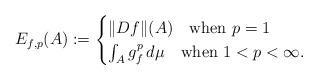
LaTeX: \begin{align*}E_{f,p}(A):=\begin{cases}\Vert Df\Vert(A)\quad\textrm{when }p=1\\\int_{A}g_f^p\,d\mu \quad\textrm{when }1<p<\infty.\end{cases}\end{align*}